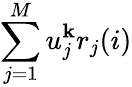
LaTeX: \sum_{j=1}^{M}u_{j}^{\mathbf{k}}r_{j}(i)